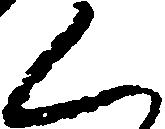
く